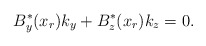
\begin{align*} B^*_y(x_{r})k_y + B^*_z(x_{r})k_z =0 .\end{align*}